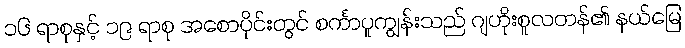
၁၆ ရာစုနှင့် ၁၉ ရာစု အစောပိုင်းတွင် စင်္ကာပူကျွန်းသည် ဂျဟိုးစူလတန်၏ နယ်မြေ